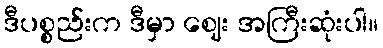
ဒီပစ္စည်းက ဒီမှာ ဈေး အကြီးဆုံးပါ။